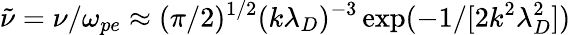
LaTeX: \tilde{\nu}=\nu/\omega_{pe}\approx(\pi/2)^{1/2}(k\lambda_{D})^{-3}\exp(-1/[2k^{2}\lambda_{D}^{2}])